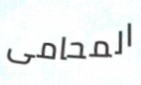
المحامى